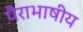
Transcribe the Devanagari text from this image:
पैराभाषीय